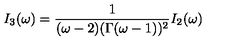
I _ { 3 } ( \omega ) = \frac { 1 } { ( \omega - 2 ) ( \Gamma ( \omega - 1 ) ) ^ { 2 } } I _ { 2 } ( \omega )